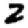
Digit: 2